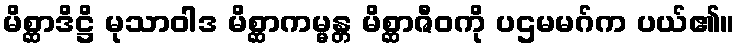
မိစ္ဆာဒိဋ္ဌိ မုသာဝါဒ မိစ္ဆာကမ္မန္တ မိစ္ဆာဇီဝကို ပဌမမဂ်က ပယ်၏။